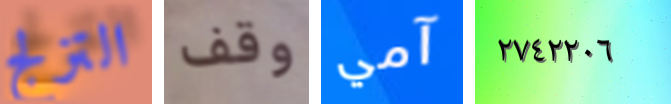
التزلج وقف آمي ٢٧٤٢٢٠٦